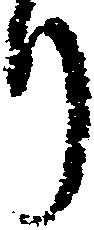
り